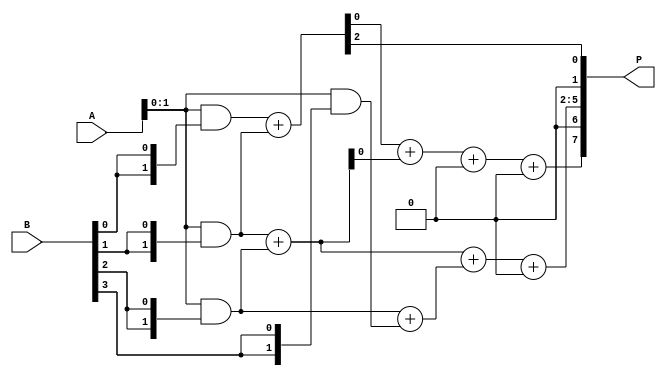
module async_wallace_tree_multiplier #(parameter N = 4) (
    input [N-1:0] A,
    input [N-1:0] B,
    output reg [2*N-1:0] P
);

    // Partial product generation
    wire [N-1:0] pp [0:N-1]; // Partial products
    genvar i;
    generate
        for (i = 0; i < N; i = i + 1) begin : partial_product_gen
            assign pp[i] = A & {N{B[i]}};
        end
    endgenerate

    // Wallace tree structure
    wire [N:0] sum [0:N-1]; // Sums at each level
    wire [N:0] carry [0:N-1]; // Carries at each level

    // First level of addition
    generate
        for (i = 0; i < N; i = i + 1) begin : first_level
            if (i < N-1) begin
                // Use half adders for the first two bits
                assign {carry[i], sum[i]} = pp[i][1:0] + pp[i+1][1:0];
            end else begin
                assign sum[i] = pp[i][1:0];
                assign carry[i] = 0;
            end
        end
    endgenerate

    // Second level of addition
    wire [N:0] sum2 [0:N-2];
    wire [N:0] carry2 [0:N-2];

    generate
        for (i = 0; i < N-1; i = i + 1) begin : second_level
            if (i < N-2) begin
                assign {carry2[i], sum2[i]} = sum[i][1:0] + sum[i+1][1:0] + carry[i][0];
            end else begin
                assign sum2[i] = sum[i][1:0];
                assign carry2[i] = 0;
            end
        end
    endgenerate

    // Final addition
    wire [N:0] final_sum;
    wire final_carry;

    assign {final_carry, final_sum} = sum2[0] + carry2[0];

    // Output the final product
    always @(*) begin
        P = {final_carry, final_sum, sum2[1], sum[0][N-1:2]};
    end

endmodule